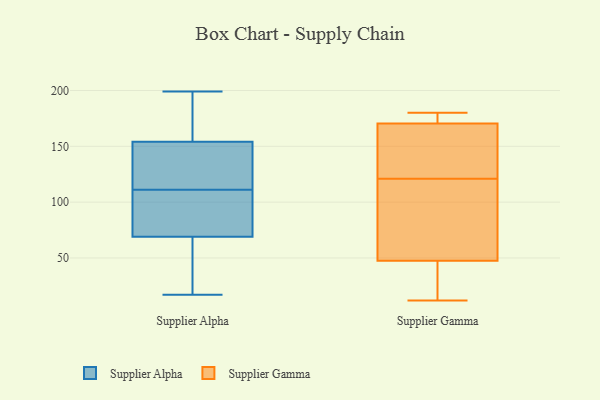
{"axis": {"x": "Waste Production (Tons)", "y": "Value"}, "legend": ["Supplier Alpha", "Supplier Gamma"], "data": [{"x": "", "y": 108, "type": "Supplier Alpha"}, {"x": "", "y": 20, "type": "Supplier Alpha"}, {"x": "", "y": 71, "type": "Supplier Alpha"}, {"x": "", "y": 54, "type": "Supplier Alpha"}, {"x": "", "y": 187, "type": "Supplier Alpha"}, {"x": "", "y": 131, "type": "Supplier Alpha"}, {"x": "", "y": 68, "type": "Supplier Alpha"}, {"x": "", "y": 125, "type": "Supplier Alpha"}, {"x": "", "y": 183, "type": "Supplier Alpha"}, {"x": "", "y": 150, "type": "Supplier Alpha"}, {"x": "", "y": 17, "type": "Supplier Alpha"}, {"x": "", "y": 69, "type": "Supplier Alpha"}, {"x": "", "y": 92, "type": "Supplier Alpha"}, {"x": "", "y": 177, "type": "Supplier Alpha"}, {"x": "", "y": 86, "type": "Supplier Alpha"}, {"x": "", "y": 199, "type": "Supplier Alpha"}, {"x": "", "y": 154, "type": "Supplier Alpha"}, {"x": "", "y": 114, "type": "Supplier Alpha"}, {"x": "", "y": 12, "type": "Supplier Gamma"}, {"x": "", "y": 59, "type": "Supplier Gamma"}, {"x": "", "y": 36, "type": "Supplier Gamma"}, {"x": "", "y": 85, "type": "Supplier Gamma"}, {"x": "", "y": 166, "type": "Supplier Gamma"}, {"x": "", "y": 32, "type": "Supplier Gamma"}, {"x": "", "y": 178, "type": "Supplier Gamma"}, {"x": "", "y": 45, "type": "Supplier Gamma"}, {"x": "", "y": 135, "type": "Supplier Gamma"}, {"x": "", "y": 174, "type": "Supplier Gamma"}, {"x": "", "y": 121, "type": "Supplier Gamma"}, {"x": "", "y": 172, "type": "Supplier Gamma"}, {"x": "", "y": 55, "type": "Supplier Gamma"}, {"x": "", "y": 180, "type": "Supplier Gamma"}, {"x": "", "y": 121, "type": "Supplier Gamma"}]}